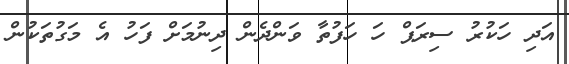
އަދި ހަކުރު ސިރަޕް ހަ ހަފުތާ ވަންދެން ދިނުމަށް ފަހު އެ މަގުތަކުން